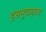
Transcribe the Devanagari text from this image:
हंसमुदाहृतम्